Insane asylums Bombay 1873-77 - 1873-1877
Year: 1873
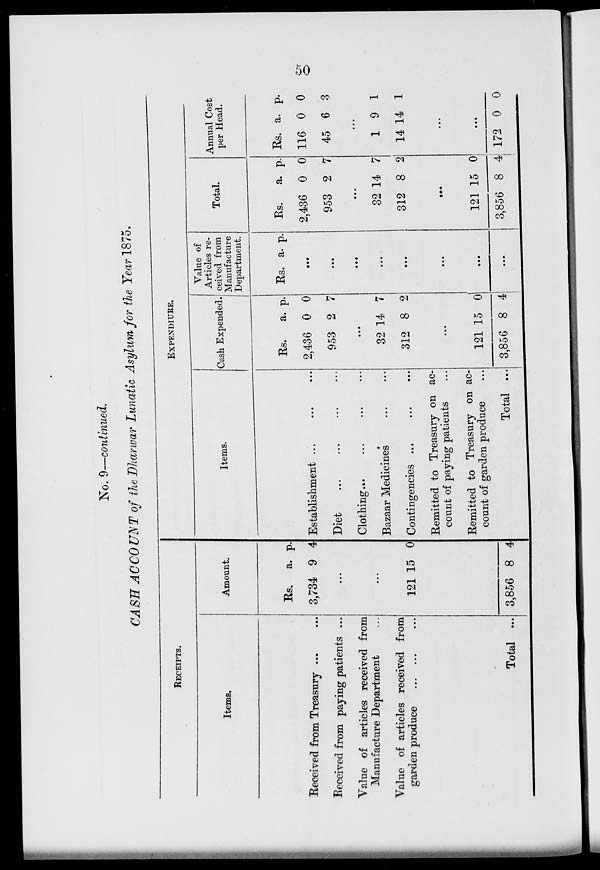
50
No. 9—continued.
CASH ACCOUNT of the Dharwar Lunatic Asylum for the Year 1875.
RECEIPTS.
Items.
Received from Treasury
...
...
Received from paying patients ...
Value of articles received from
Manufacture Department ...
Value of articles received from
garden produce
...
...
...
Total ...
Amount.
Rs.
3,734
a.
9
p.
4
...
...
121 15 0
3,856 8 4
EXPENDIURE.
Items.
Establishment ...
...
...
Diet ... ... ... ...
Clothing ... ... ... ...
Bazaar Medicines ... ...
Contingencies ... ... ...
Remitted to Treasury on ac-
count of paying patients ...
Remitted to Treasury on ac-
count of garden produce
Total ...
Cash Expended.
Rs.
2,436
953
a.
0
2
p.
0
7
...
32
312
14
8
7
2
...
121
3,856
15
8
0
4
Value of
Articles re-
ceived from
Manufacture
Department.
Rs. a. p.
...
...
...
...
...
...
...
...
Total.
Rs.
2,436
953
a.
0
2
p.
0
7
...
32
312
14
8
7
2
...
121
3,856
15
8
0
4
Annual Cost
per Head.
Rs.
116
45
a.
0
6
p.
0
3
...
1
14
9
14
1
1
...
...
172 0 0